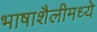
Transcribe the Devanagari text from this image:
भाषाशैलीमध्ये